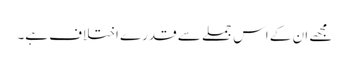
مجھے ان کے اس جملے سے قدرے اختلاف ہے۔